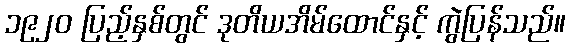
၁၉၂၀ ပြည့်နှစ်တွင် ဒုတိယအိမ်ထောင်နှင့် ကွဲပြန်သည်။